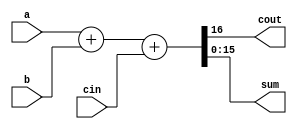
/*
16 bit adder
*/
module adder16(a,b,cin,cout,sum);
	input[15:0] a,b;
	input cin;
	output cout;
	output[15:0] sum;

	assign{cout,sum}=a+b+cin;
endmodule